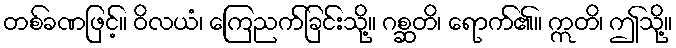
တစ်ခဏဖြင့်။ ဝိလယံ၊ ကြေညက်ခြင်းသို့။ ဂစ္ဆတိ၊ ရောက်၏။ ဣတိ၊ ဤသို့။